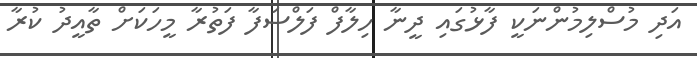
އަދި މުސްލިމުންނަކީ ފާޅުގައި ދީނާ ހިލާފް ފަލްސަފާ ފަތުރާ މީހަކަށް ތާއީދު ކުރާ